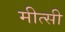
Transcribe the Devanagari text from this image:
मीत्सी